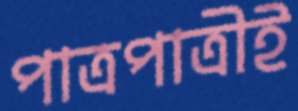
পাত্রপাত্রীই